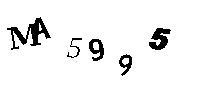
MA5995